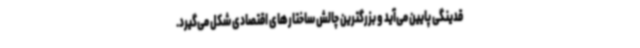
قدینگی پایین می‌آید و بزرگترین چالش ساختارهای اقتصادی شکل می‌گیرد.